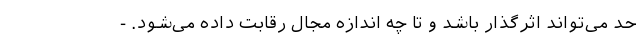
حد می‌تواند اثرگذار باشد و تا چه اندازه مجال رقابت داده می‌شود. -